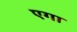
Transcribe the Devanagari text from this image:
एगा